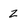
Character: z